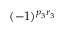
( - 1 ) ^ { p _ { 3 } r _ { 3 } }